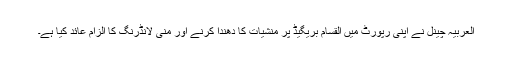
العربیہ چینل نے اپنی رپورٹ میں القسام بریگیڈ پر منشیات کا دھندا کرنے اور منی لانڈرنگ کا الزام عائد کیا ہے۔